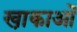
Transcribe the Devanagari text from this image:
खा़काओं